Malaria in the Andamans - Number 56
Disease focus: Malaria
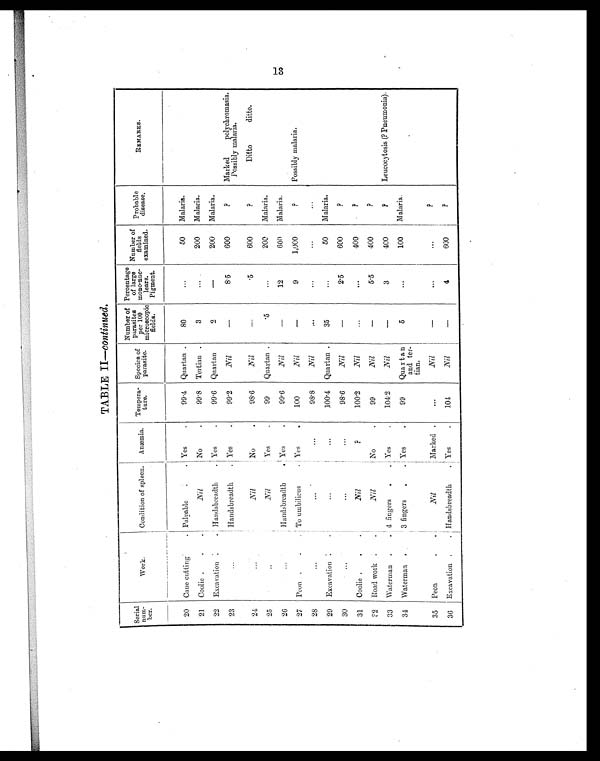
TABLE II—continued.
Serial
num-
ber.
Work.
Condition of spleen. Anæmia. Tempera-
ture.
Species of
parasite.
Number of
parasites
per 100
microscopic
fields.
Percentage
of large
mono-nuc-
lears.
Pigment.
Number of
fields
examined.
Probable
disease.
REMARKS.
20 Cane cutting
. Palpable
.
. Yes
.
99.4 Quartan .
80
...
50
Malaria.
21 Coolie .
.
.
Nil
No
.
99.8 Tertian .
3
...
200
Malaria.
22 Excavation
. . Handsbreadth
. Yes
.
99.6 Quartan
2
—
200
Malaria.
23
...
Handsbreadth
. Yes
.
99.2
Nil
—
8.5
600
?
Marked polychromasia.
Possibly malaria.
24
...
Nil
No
.
98.6
N i l
—
.5
600
?
Ditto ditto.
25
..
N i l
Yes
.
99
Quartan .
.5
. . .
200
Malaria.
26
...
Handsbreadth
. Yes
.
99.6
Nil
—
12
600
Malaria.
27 Peon .
.
. To umbilicus
. Yes
.
100
Nil
—
9
1,000
?
Possibly malaria.
28
. . .
...
...
98.8
Nil
. . .
...
...
...
29 Excavation .
.
. . ..
. .
100.4 Quartan .
35
...
50
Malaria.
30
...
...
...
98.6
Nil
—
2.5
600
?
31 Coolie
. .
.
Nil
?
100.2
Nil
...
. . .
400
?
32 Road work .
.
Nil
No
.
99
Nil
—
5.5
400
?
33 Waterman .
. 4 fingers
.
. Yes
.
104.2
Nil
—
3
400
? Leucocytosis (? Pneumonia).
34 Waterman .
3 fingers
.
. Yes
.
99
Quartan
and ter-
tian.
5
...
100
Malaria.
35 Peon
.
.
Nil
Marked .
...
Nil
—
...
. . .
?
36 Excavation .
. Handsbreadth
. Yes
.
104
Nil
—
4
600
?